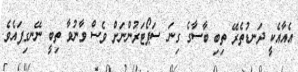
އެއާއެކީ ދަނޑުތެރޭ ތިބި ބާސާގެ ގިނަ ސަޕޯޓަރުންނަށް ވެސް ވާނުވާ ތިބީ ނޭނގިފައެވެ.